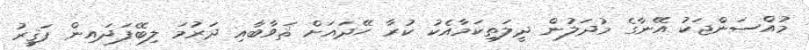
މުއްސަންޖަކު އޭނާގެ މުދަލުން ދީލަތިކަމާއެކު ކުރާ ހޭދައަށް ޘަވާބާއި ދަރުމަ ލިބޭފަދައިން ފަޤީރު